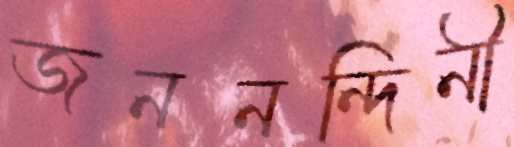
জননন্দিনী